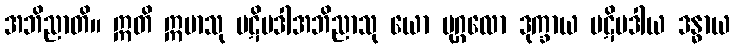
အဘိညာတိ။ ဣတိ ဣမာသု ပဋိပဒါအဘိညာသု ယော ပုဂ္ဂလော ဒုက္ခာယ ပဋိပဒါယ ဒန္ဓာယ